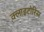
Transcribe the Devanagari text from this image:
क्लाइटोरिस